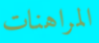
المراهنات